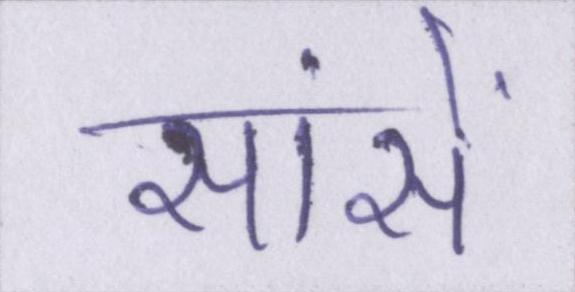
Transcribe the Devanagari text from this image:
सांसें